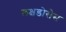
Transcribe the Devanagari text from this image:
लक्षडोसेस